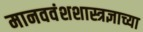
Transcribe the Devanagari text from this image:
मानववंशशास्त्रज्ञाच्या